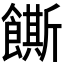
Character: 𬲛